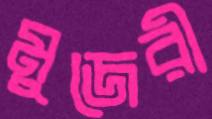
মুজেরী